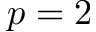
p = 2